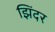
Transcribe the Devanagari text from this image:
झिंदर